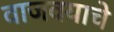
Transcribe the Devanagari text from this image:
वाजवयाचे